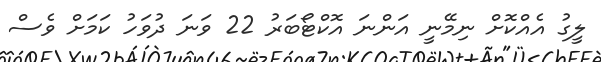
ލީގު އެއްކޮށް ނިމޭނީ އަންނަ އޮކްޓޯބަރު 22 ވަނަ ދުވަހު ކަމަށް ވެސް